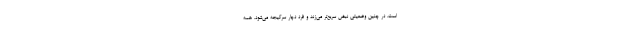
است. در چنین وضعیتی نبض سریع‌تر می‌زند و فرد دچار سرگیجه می‌شود. همه